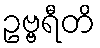
ဥဗ္ဗရီတိ